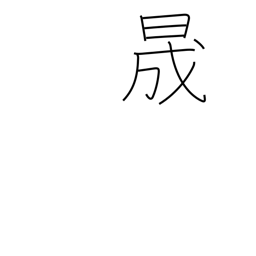
Meaning: clear